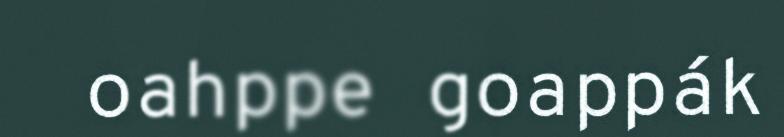
oahppe goappák